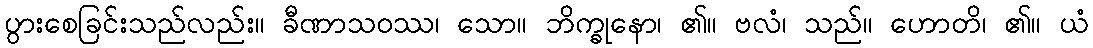
ပွားစေခြင်းသည်လည်း။ ခီဏာသဝဿ၊ သော။ ဘိက္ခုနော၊ ၏။ ဗလံ၊ သည်။ ဟောတိ၊ ၏။ ယံ